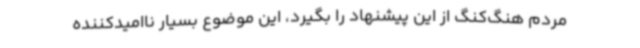
مردم هنگ‌کنگ از این پیشنهاد را بگیرد، این موضوع بسیار ناامیدکننده